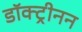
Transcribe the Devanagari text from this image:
डॉक्ट्रीनन